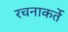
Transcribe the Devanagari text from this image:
रचनाकर्ते